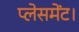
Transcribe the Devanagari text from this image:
प्लेसमेंट।